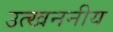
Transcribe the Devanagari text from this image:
उत्खननीय